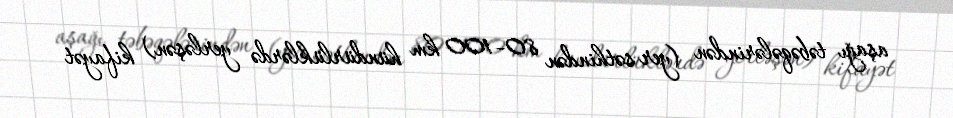
aşağı təbəqələrindən (yer səthindən 80–100 km hündürlüklərdə yerləşən) kifayət